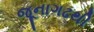
જૂનાગઢથી